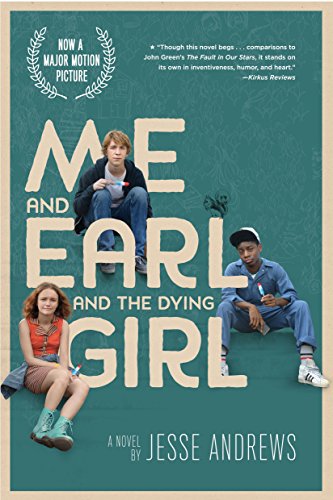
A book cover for Me and Earl and the Dying Girl (Movie Tie-in Edition); Jesse Andrews; Teen & Young Adult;